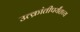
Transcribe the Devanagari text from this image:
उत्क्रांतीपर्यंतच्य